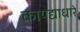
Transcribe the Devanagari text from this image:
कायद्याधारे